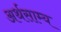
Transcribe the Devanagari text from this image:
अर्थसाम्य